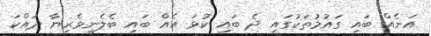
އަނެއް ބައި ގައުމުތަކުގައި ދެ ބައި ކުޅަ އެއް ބައި ބެލެނިވެރިޔާ ދައްކަ